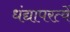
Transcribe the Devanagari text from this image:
धंद्यापरत्वें